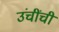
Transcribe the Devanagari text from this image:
उंचींची